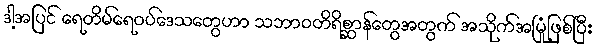
ဒါ့အပြင် ရေတိမ်ရေဝပ်ဒေသတွေဟာ သဘာဝတိရိစ္ဆာန်တွေအတွက် အသိုက်အမြုံဖြစ်ပြီး